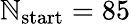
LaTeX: \mathbb{N}_{\mathrm{{start}}}=85